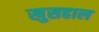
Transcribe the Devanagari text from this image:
खुसहाल